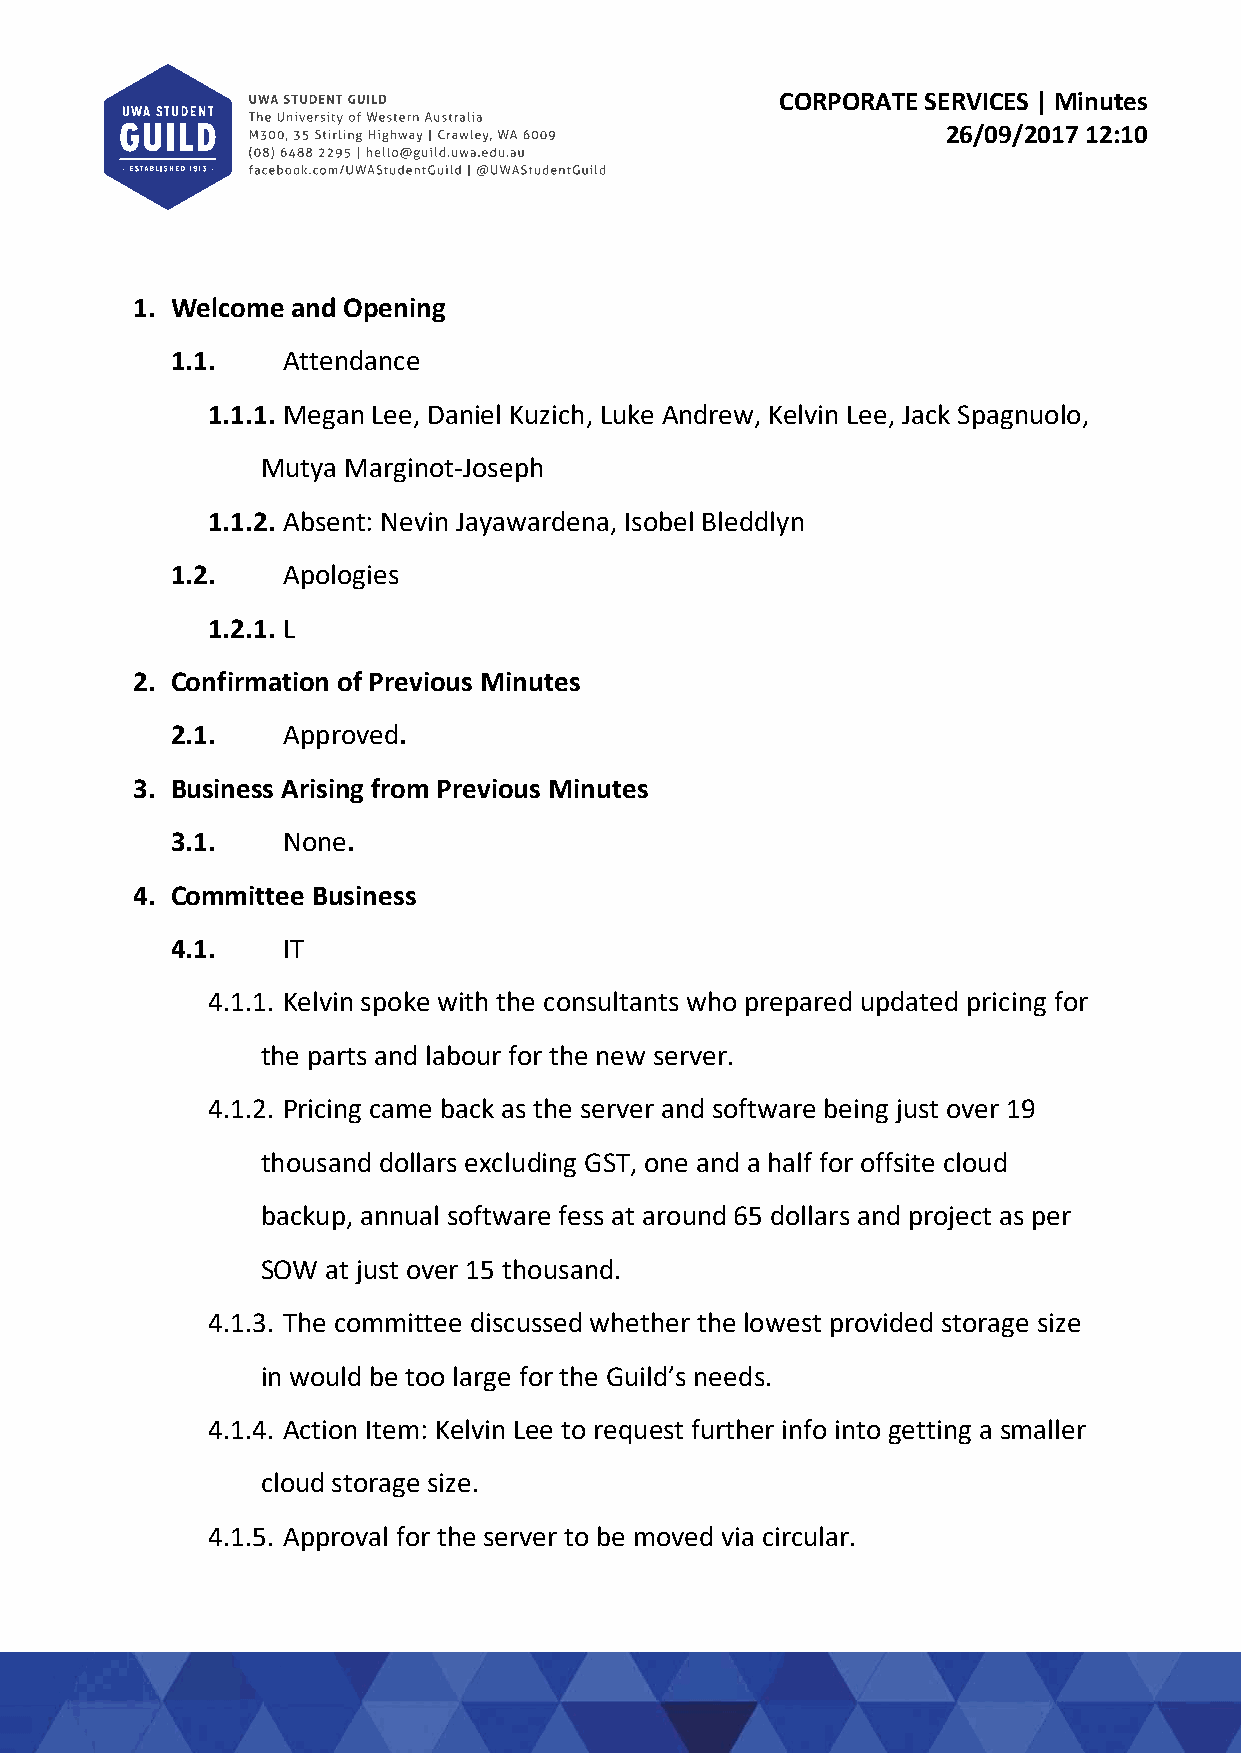
CORPORATE SERVICES | Minutes
 26/09/2017 12:10
 1. Welcome and Opening
 1.1.    Attendance
 1.1.1. Megan Lee, Daniel Kuzich, Luke Andrew, Kelvin Lee, Jack Spagnuolo,
 Mutya Marginot‐Joseph
 1.1.2. Absent: Nevin Jayawardena, Isobel Bleddlyn
 1.2.    Apologies
 1.2.1. L
 2. Confirmation of Previous Minutes
 2.1.    Approved.
 3. Business Arising from Previous Minutes
 3.1.    None.
 4. Committee Business
 4.1.    IT
 4.1.1. Kelvin spoke with the consultants who prepared updated pricing for
 the parts and labour for the new server.
 4.1.2. Pricing came back as the server and software being just over 19
 thousand dollars excluding GST, one and a half for offsite cloud
 backup, annual software fess at around 65 dollars and project as per
 SOW  at just over 15 thousand.
 4.1.3. The committee discussed whether the lowest provided storage size
 in would be too large for the Guild’s needs.
 4.1.4. Action Item: Kelvin Lee to request further info into getting a smaller
 cloud storage size.
 4.1.5. Approval for the server to be moved via circular.